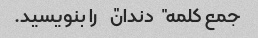
جمع کلمه "دندان" را بنویسید.